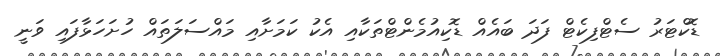
ޑޮކްޓަރު ސެޓްފިކެޓް ފަދަ ބައެއް ޑޮކިއުމެންޓްތަކާއި އެކު ކަމަށާއި މައްސަލަތައް ހުށަހަޅާފައި ވަނީ